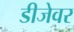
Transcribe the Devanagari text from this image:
डीजेवर